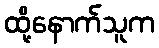
ထို့နောက်သူက